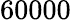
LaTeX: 60000